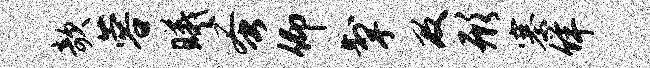
欹蓉曦蚤仰掣及形寨佯